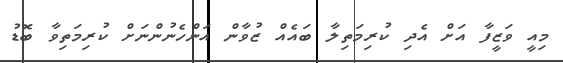
މިއީ ވަޒީފާ އަށް އެދި ކުރިމަތިލާ ބައެއް ޒުވާން އަންހެނުންނަށް ކުރިމަތިވާ ބޮޑު